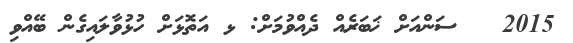
2015   ސަންއަށް ޚަބަރެއް ދެއްވުމަށް: ޅ އަތޮޅަށް ހުޅުވާލައިގެން ބޭއްވި